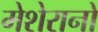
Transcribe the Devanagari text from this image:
मेशेरानो